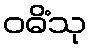
ဝဓိံသု